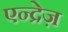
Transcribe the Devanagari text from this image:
एन्द्रेज़